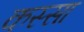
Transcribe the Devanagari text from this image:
कस्सा